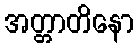
အတ္တာတိနော